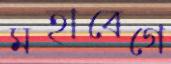
মহাবেগে